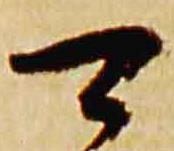
可